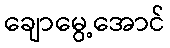
ချောမွေ့အောင်